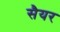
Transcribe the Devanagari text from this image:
सैयर